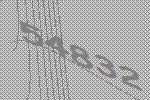
54832